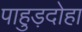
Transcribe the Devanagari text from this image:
पाहुड़दोहा